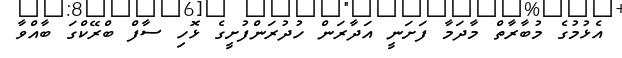
އެޅުމުގެ މުބާރާތް މާދަމާ ފަށަނީ އަދާރަން ހުދުރަންފުށީގެ ޅޮހި ސާފް ބްރޭކްގަ ބާއްވާ